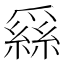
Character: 𦃟